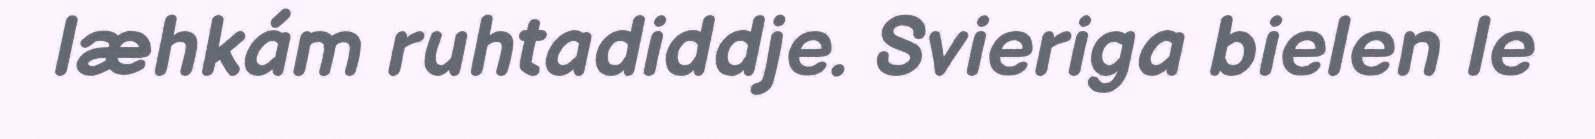
læhkám ruhtadiddje. Svieriga bielen le